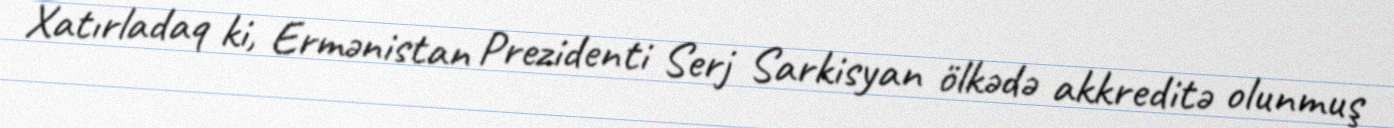
Xatırladaq ki, Ermənistan Prezidenti Serj Sarkisyan ölkədə akkreditə olunmuş